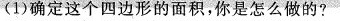
(1)确定这个四边形的面积,你是怎么做的?